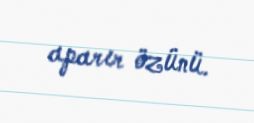
aparır özünü.